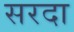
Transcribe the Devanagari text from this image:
सरदा